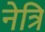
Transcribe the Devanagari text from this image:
नेत्रि